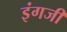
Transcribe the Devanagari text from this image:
इंगजी